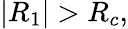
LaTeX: |R_{1}|>R_{c},